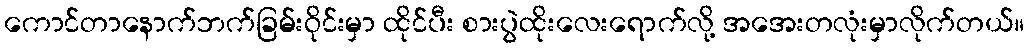
ကောင်တာနောက်ဘက်ခြမ်းဝိုင်းမှာ ထိုင်ပီး စားပွဲထိုးလေးရောက်လို့ အအေးတလုံးမှာလိုက်တယ်။